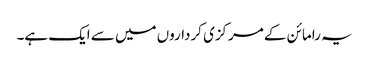
یہ رامائن کے مرکزی کرداروں میں سے ایک ہے۔